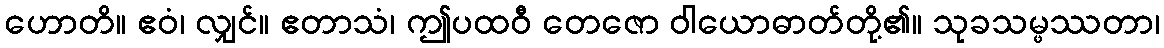
ဟောတိ။ ဧဝံ၊ လျှင်။ ဧတာသံ၊ ဤပထဝီ တေဇော ဝါယောဓာတ်တို့၏။ သုခသမ္ဖဿတာ၊